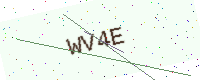
Text: WV4E